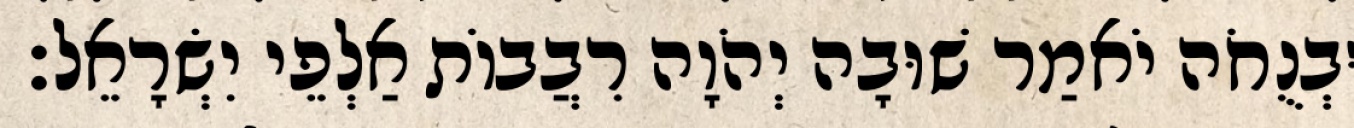
וּבְנֻחֹה יֹאמַר שׁוּבָה יְהֹוָה רִבֲבוֹת אַלְפֵי יִשְׂרָאֵל׃